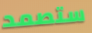
ستصمد